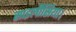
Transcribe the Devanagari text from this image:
साइलीसिया।